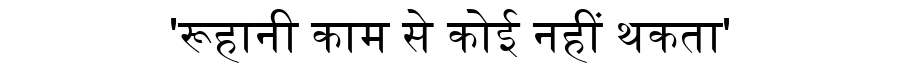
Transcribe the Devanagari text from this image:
'रूहानी काम से कोई नहीं थकता'